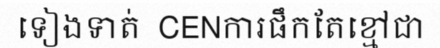
ទៀងទាត់  CENការផឹកតែខ្មៅជា